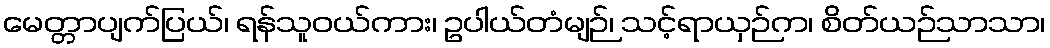
မေတ္တာပျက်ပြယ်၊ ရန်သူဝယ်ကား၊ ဥပါယ်တံမျဉ်၊ သင့်ရာယှဉ်က၊ စိတ်ယဉ်သာသာ၊